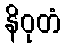
နိဝုတံ